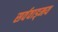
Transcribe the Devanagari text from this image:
सर्ववाड्मय